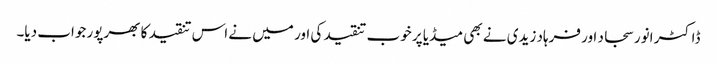
ڈاکٹر انور سجاد اور فرہاد زیدی نے بھی میڈیا پر خوب تنقید کی اور میں نے اس تنقید کا بھرپور جواب دیا۔